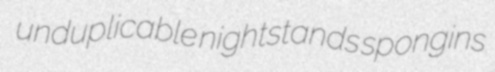
unduplicable nightstands spongins